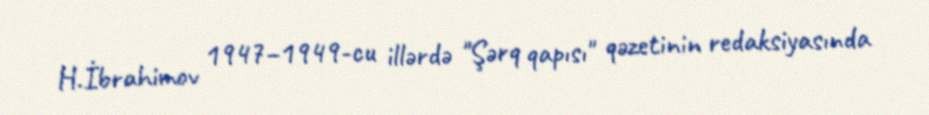
H.İbrahimov 1947–1949-cu illərdə "Şərq qapısı" qəzetinin redaksiyasında